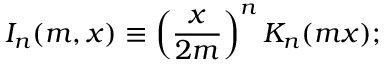
I _ { n } ( m , x ) \equiv \left( \frac { x } { 2 m } \right) ^ { n } K _ { n } ( m x ) ;